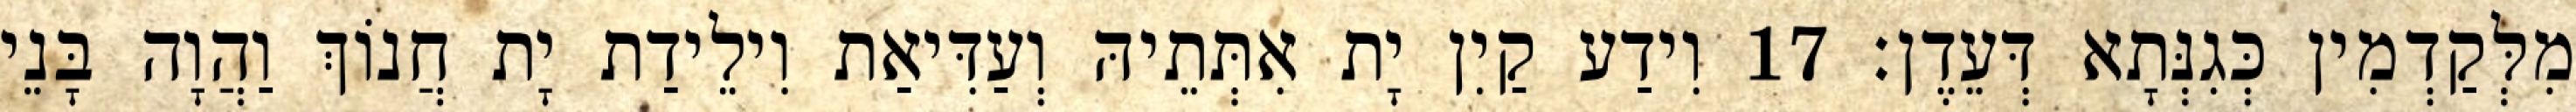
מִלְּקַדְמִין כְּגִנְּתָא דְּעֵדֶן׃ 17 וִידַע קַיִן יָת אִתְּתֵיהּ וְעַדִּיאַת וִילֵידַת יָת חֲנוֹךְ וַהֲוָה בָּנֵי